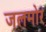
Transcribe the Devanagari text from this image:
जलमोर